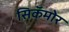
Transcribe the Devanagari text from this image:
सिकॅमोर